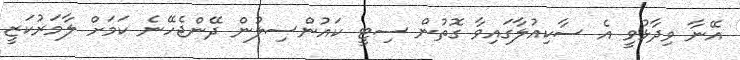
އޭނާ ވިދާޅުވީ އެ ސާކިއުލާގައިވާ ގޮތުން ސިޓީ ކައުންސިލުން ދޭންޖެހޭނެ ކަމަށް ލާމަރުކަޒީ